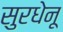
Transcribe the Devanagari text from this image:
सुरधेनू